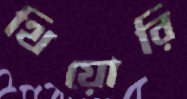
থিয়োরি